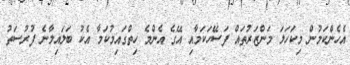
އެހެންކަމުން މިކަހަލަ މަންޒަރުތައް ފަސޭހަކަމާއި އޭގެ އެންމެ ހިތްގައިމުކަމާ އެކު ބަލައިލާނެ ފުރުސަތު